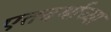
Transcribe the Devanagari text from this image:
एतदर्थाच्या